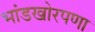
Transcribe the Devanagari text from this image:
भांडखोरपणा